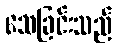
သေခြင်းသည်